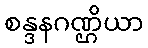
စန္ဒနဂဏ္ဌိယာ